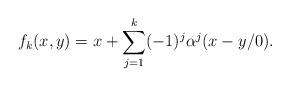
LaTeX: \begin{align*} f_k(x,y)= x+\sum_{j=1}^k (-1)^j\alpha^j(x-y/0).\end{align*}